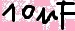
Text: 10µF